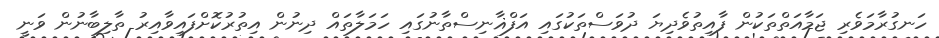
ހަނގުރާމަވެރި ޖަމާއަތްތަކުން ފާއިތުވެދިޔަ ދުވަސްތަކުގައި އަފްޣާނިސްތާނުގައި ހަމަލާތައް ދިނުން އިތުރުކޮށްފައިވާއިރު ތާލިބާނުން ވަނީ